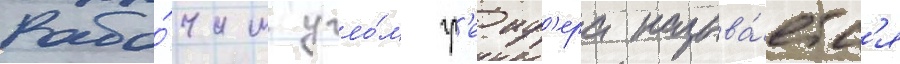
Рабо́чим угло́м гр'еиф'ера называ́етс'я